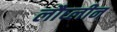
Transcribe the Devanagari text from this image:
लौघ्लीन